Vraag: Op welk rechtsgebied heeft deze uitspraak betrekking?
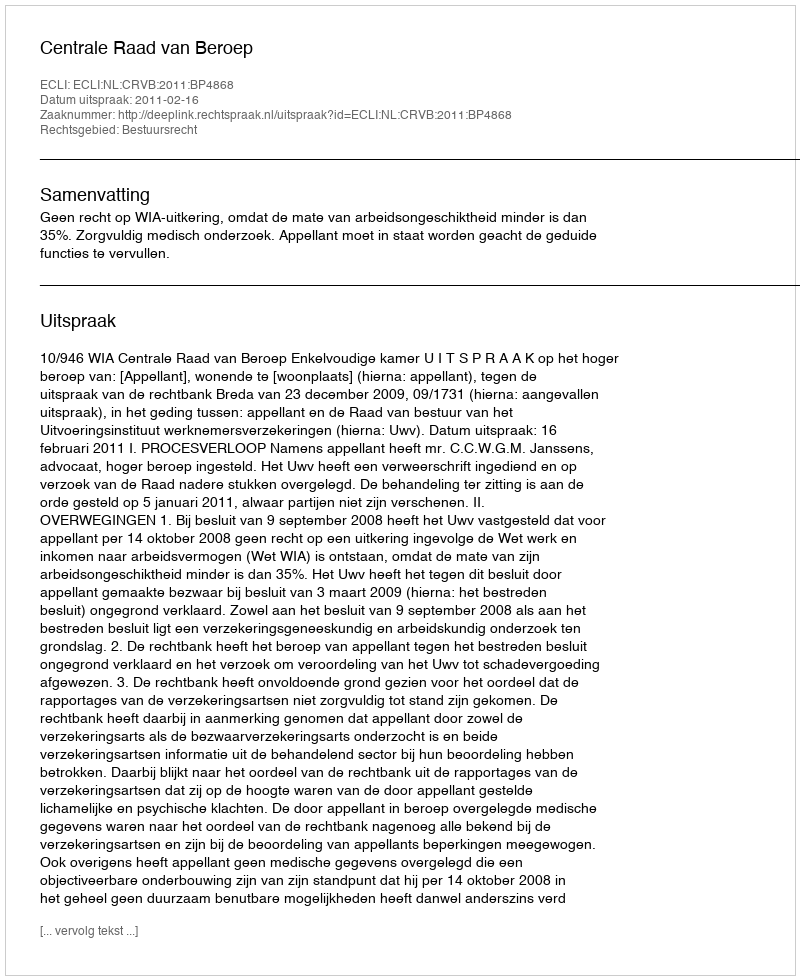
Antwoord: Bestuursrecht